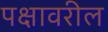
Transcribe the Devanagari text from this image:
पक्षावरील